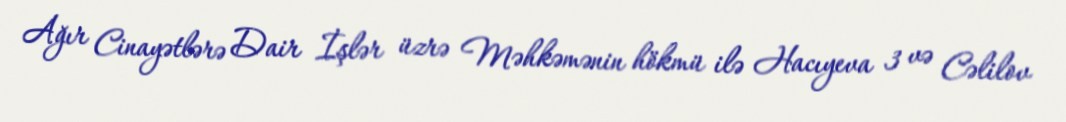
Ağır Cinayətlərə Dair İşlər üzrə Məhkəmənin hökmü ilə Hacıyeva 3 və Cəlilov